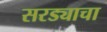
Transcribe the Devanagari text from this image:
सरड्याचा